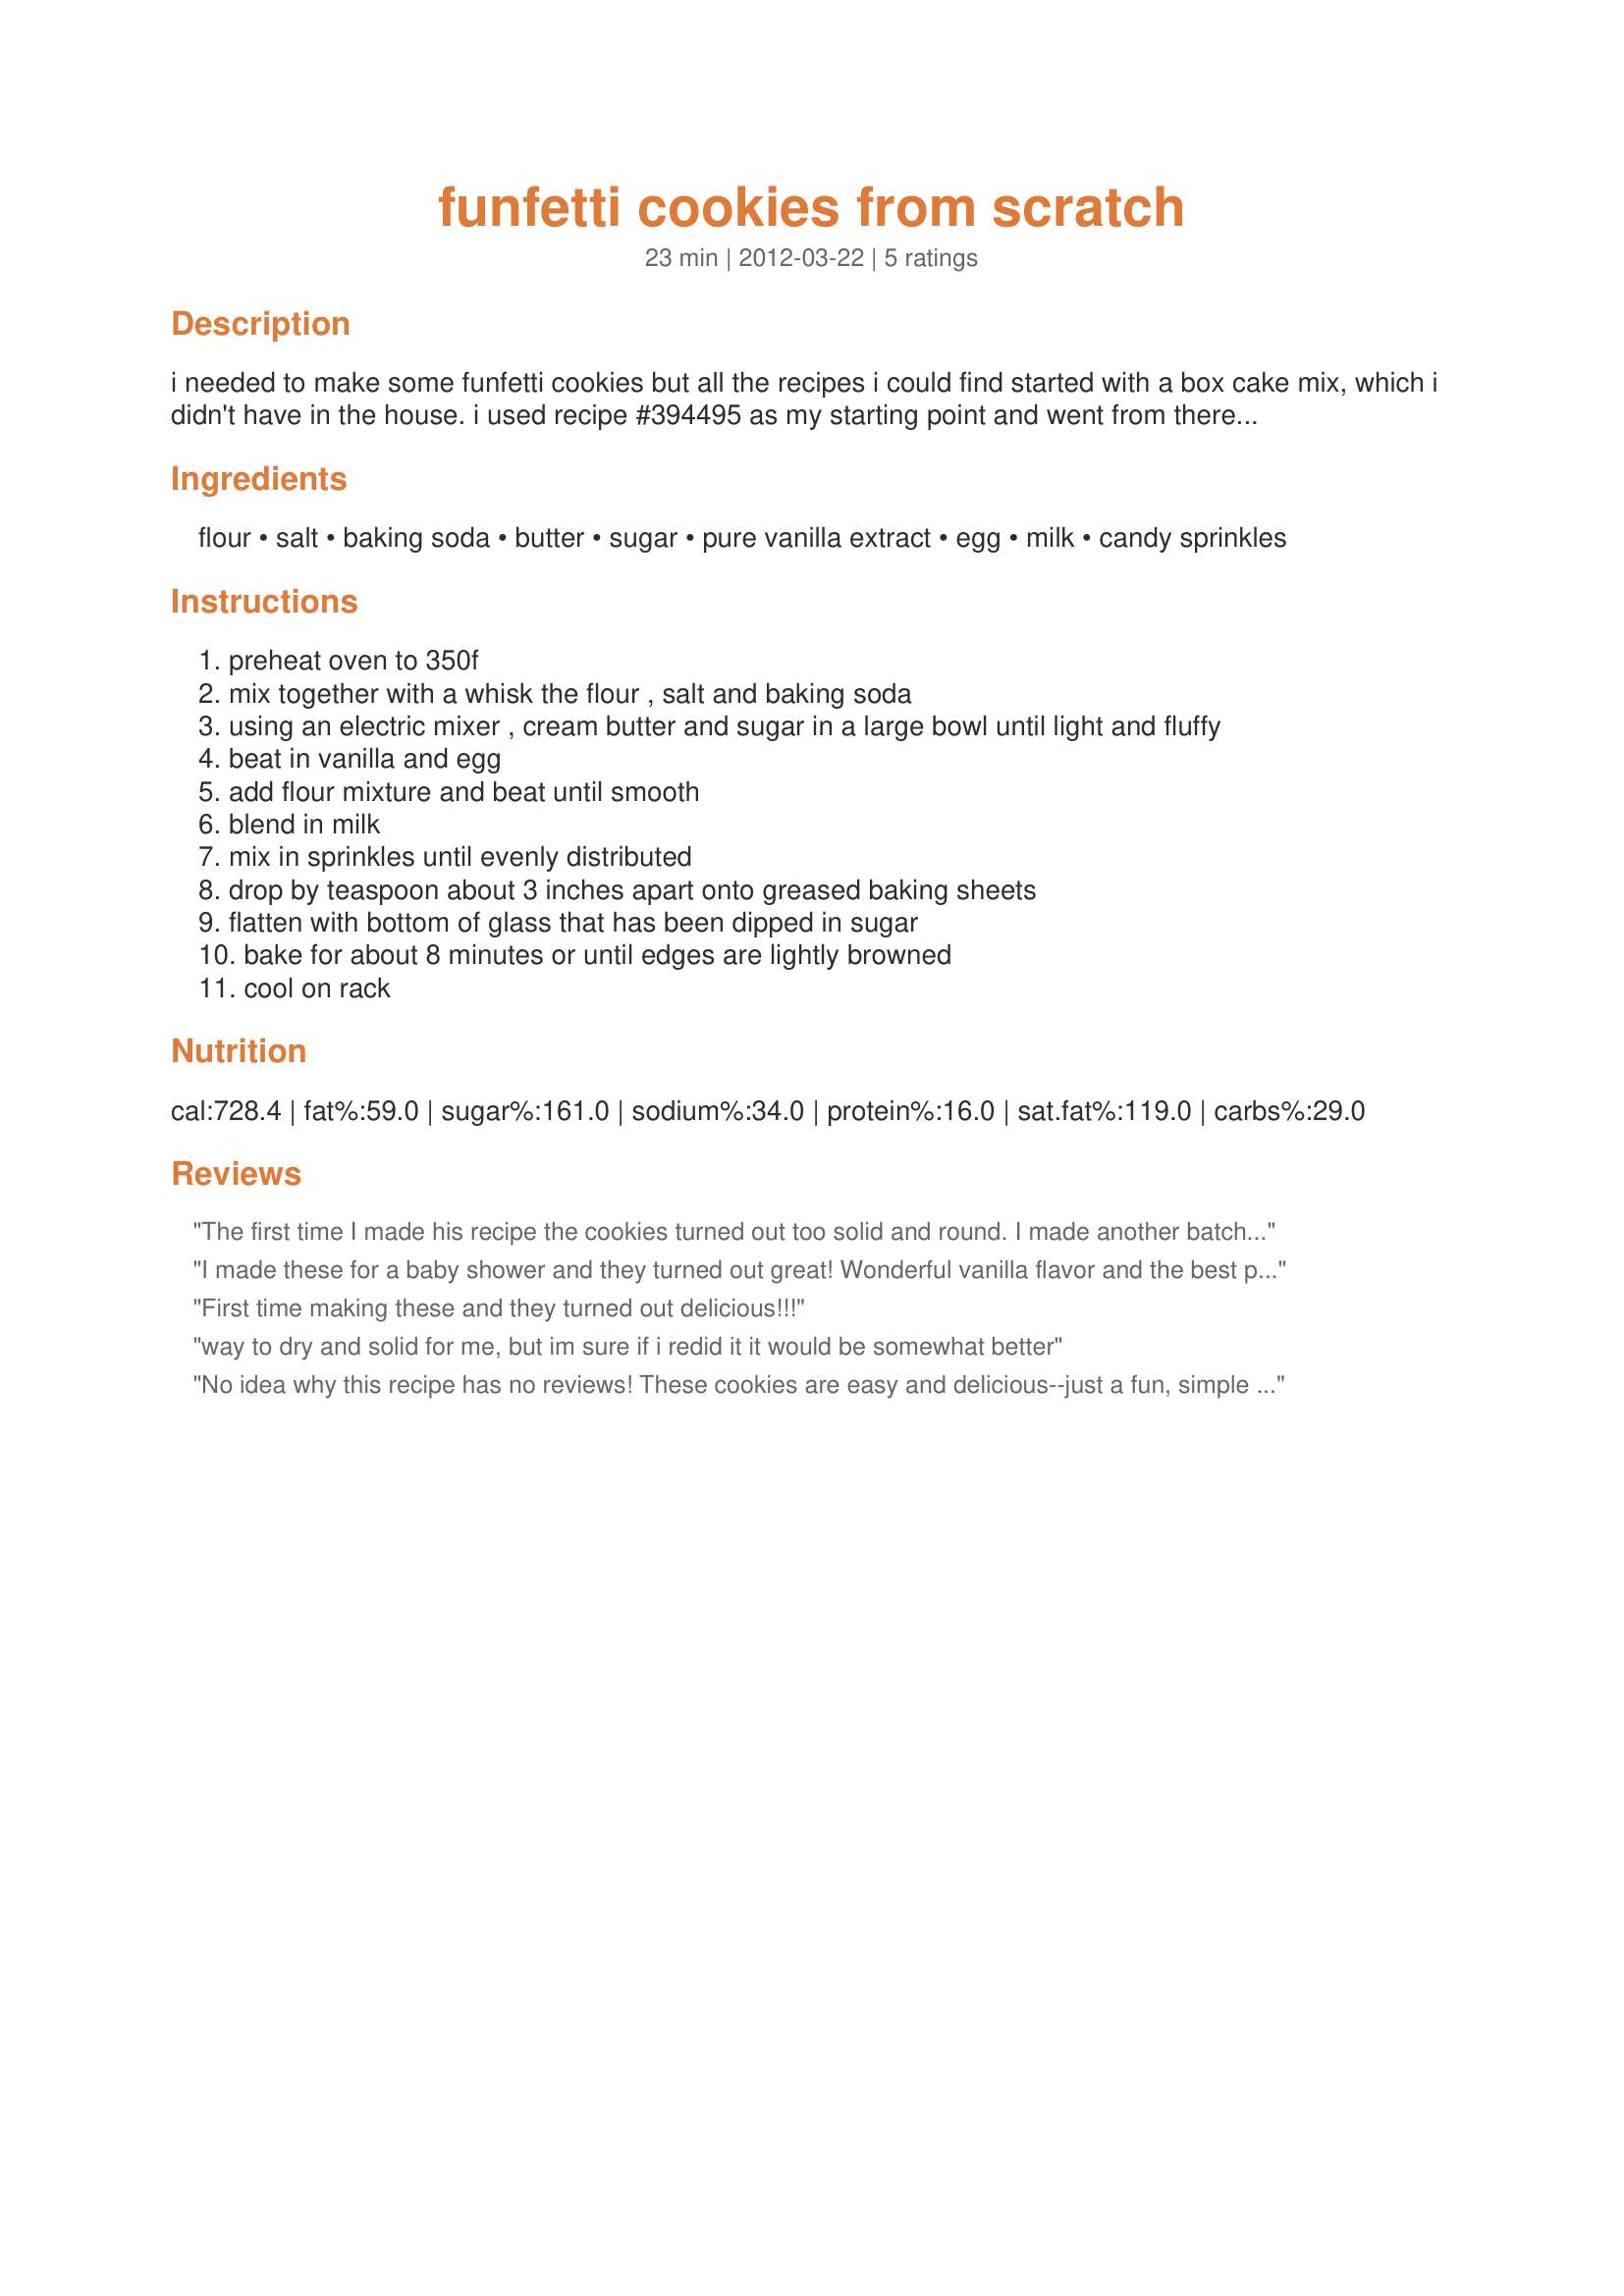
funfetti cookies from scratch
Preparation time: 23 minutes

i needed to make some funfetti cookies but all the recipes i could find started with a box cake mix, which i didn't have in the house. i used recipe #394495 as my starting point and went from there. i thought others might appreciate knowing how to make them from scratch as well, so i decided to post a separate recipe.

Ingredients:
flour, salt, baking soda, butter, sugar, pure vanilla extract, egg, milk, candy sprinkles

Steps:
preheat oven to 350f
mix together with a whisk the flour , salt and baking soda
using an electric mixer , cream butter and sugar in a large bowl until light and fluffy
beat in vanilla and egg
add flour mixture and beat until smooth
blend in milk
mix in sprinkles until evenly distributed
drop by teaspoon about 3 inches apart onto greased baking sheets
flatten with bottom of glass that has been dipped in sugar
bake for about 8 minutes or until edges are lightly browned
cool on rack

Reviews:
The first time I made his recipe the cookies turned out too solid and round. I made another batch and the results were much better. Instead of baking powder I used baking soda and I used light sprinkles instead of the big chunky ones. When they were done the shape and taste were perfect. I whipped up homemade cream cheese frosting and put it between two cookies kinda like a macaroon. They were delicious.
I made these for a baby shower and they turned out great! Wonderful vanilla flavor and the best part was that I didn't need to refrigerate them before baking! Very flavorful, kids and adults liked them. I used a 1.5 TBSP cookie scoop and got about 24 cookies out of the recipe. Will definitely make them again.
First time making these and they turned out delicious!!!
way to dry and solid for me, but im sure if i redid it it would be somewhat better
No idea why this recipe has no reviews! These cookies are easy and delicious--just a fun, simple sugar cookie that&#039;s great for any season. With Valentine&#039;s Day coming up, I made mine with colored sprinkles and hearts. Using the bottom of a sugar-coated glass to flatten the balls of dough is genius.
